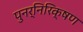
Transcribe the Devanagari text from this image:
पुनर्निरिक्षण